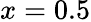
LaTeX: x=0.5